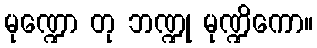
မုဏ္ဍော တု ဘဏ္ဍု မုဏ္ဍိကော။